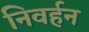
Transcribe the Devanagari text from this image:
निवर्हन